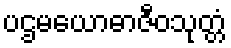
ပဌမယောဓာဇီဝသုတ္တံ